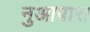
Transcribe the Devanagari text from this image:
नुआपारा